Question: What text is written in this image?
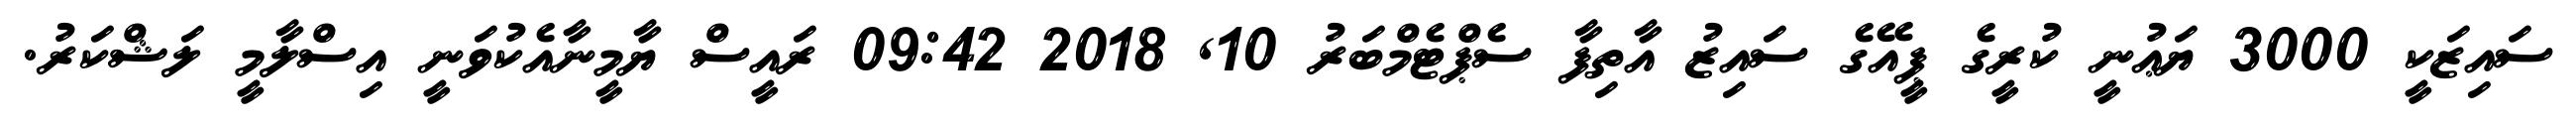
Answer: ސައިޒަކީ 3000 ޔަޢުނީ ކުރީގެ ޕީއޭގެ ސައިޒު އާތިފާ ސެޕްޓެމްބަރު 10, 2018 09:42 ރައީސް ޔާމީނާއެކުވަނީ އިސްލާމީ ލަޝްކަރު.